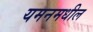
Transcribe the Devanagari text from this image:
यमनमधील